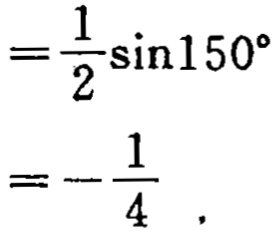
\[
=\frac{1}{2}\sin150^{\circ}
\]
\[
=-\frac{1}{4}
\]